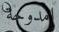
امدوحة